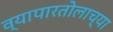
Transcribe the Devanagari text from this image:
व्यापारतोलाच्या